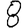
Digit: 8